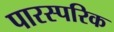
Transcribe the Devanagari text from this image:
पारस्‍परिक